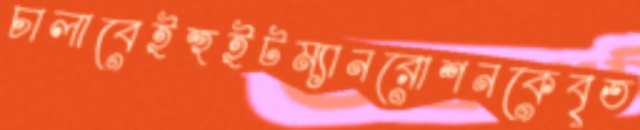
চালাবেইহুইটম্যানরোশনকেবৃত